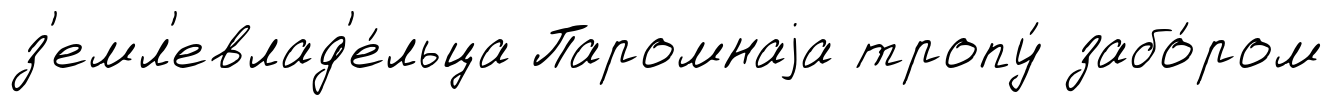
з'емл'евлад'е́льца Паромнаjа тропу́ забо́ром